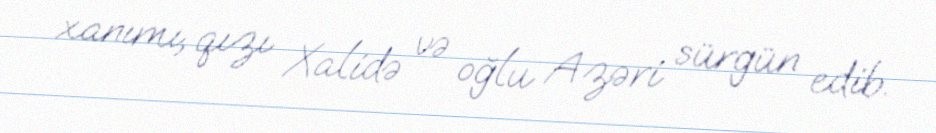
xanımı, qızı Xalidə və oğlu Azəri sürgün edib.